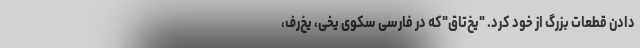
دادن قطعات بزرگ از خود کرد. "یخ‌تاق"که در فارسی سکوی یخی، یخ‌رف،